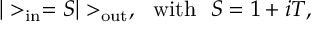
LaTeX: | > _ { \mathrm { i n } } = S | > _ { \mathrm { o u t } } , ~ ~ \mathrm { w i t h } ~ ~ S = 1 + i T ,